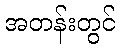
အတန်းတွင်